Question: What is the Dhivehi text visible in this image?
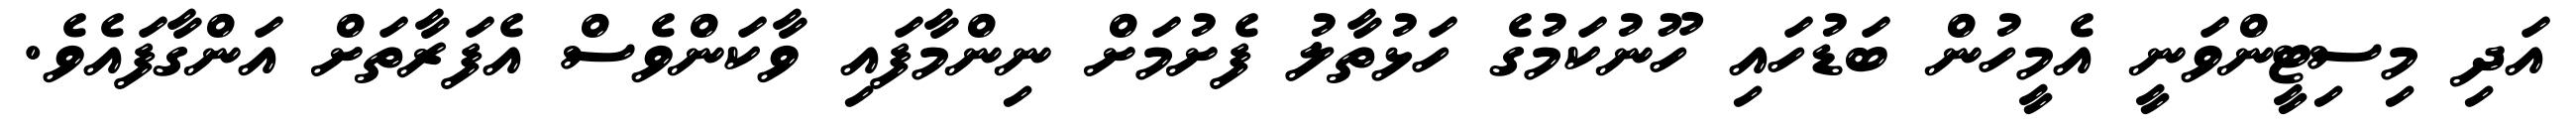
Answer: އަދި މިސިޓީންވަނީ އެމީހުން ބަޑުހައި ހޫނުކަމުގެ ހަޅުތާލު ފެށުމަށް ނިންމާފައި ވާކަންވެސް އެފަރާތަށް އަންގާފައެވެ.